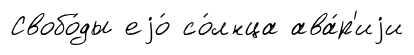
Свобо́ды еjо́ со́лнца ава́р'иjи